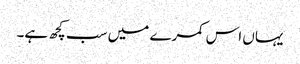
یہاں اس کمرے میں سب کچھ ہے۔